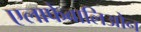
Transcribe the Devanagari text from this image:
एलाफेबालिओन